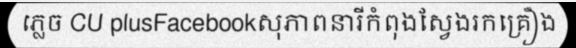
ភ្លេច CU plusFacebookសុភាពនារីកំពុងស្វែងរកគ្រឿង